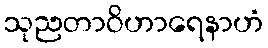
သုညတာဝိဟာရေနာဟံ